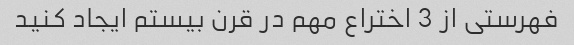
فهرستی از 3 اختراع مهم در قرن بیستم ایجاد کنید